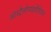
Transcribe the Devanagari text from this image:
ऑस्ट्रैलोपाइथेशियन